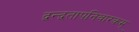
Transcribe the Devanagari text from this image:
द्वन्द्वतापनिवारकम्